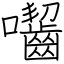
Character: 囓